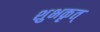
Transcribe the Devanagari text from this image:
शुभकृत्